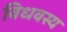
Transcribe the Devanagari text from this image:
विधवस्य